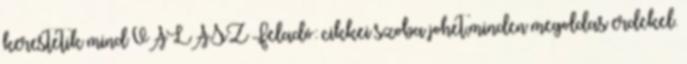
kerestetik mind VÁLASZ Feladó: cikkei szoba johet,minden megoldas erdekel.